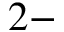
2 -